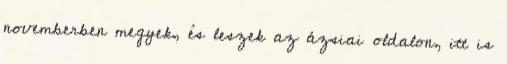
novemberben megyek, és leszek az ázsiai oldalon, itt is